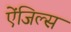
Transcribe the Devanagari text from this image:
ऐंजिल्स